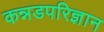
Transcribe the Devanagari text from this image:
कन्नडपरिज्ञान